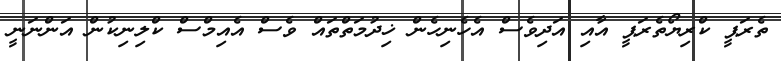
ތެރަޕީ ކްރިޔޯތެރަޕީ އާއި އަދިވެސް އެހެނިހެން ޚިދުމަތްތައް ވެސް އެއިމްސް ކްލިނިކުން އަންނަނީ